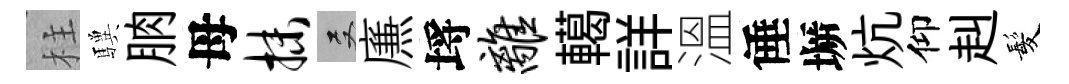
柱驥朒母抹双㢘埓离轕詳溫倕󶱲炕仰赳髪